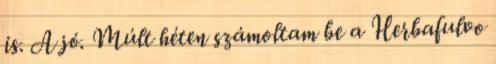
is. A jó. Múlt héten számoltam be a Herbafulvo